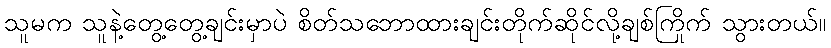
သူမက သူနဲ့တွေ့တွေ့ချင်းမှာပဲ စိတ်သဘောထားချင်းတိုက်ဆိုင်လို့ချစ်ကြိုက် သွားတယ်။